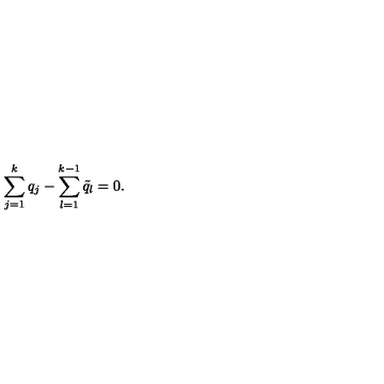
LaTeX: \sum _ { j = 1 } ^ { k } q _ { j } - \sum _ { l = 1 } ^ { k - 1 } \tilde { q } _ { l } = 0 .